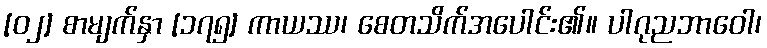
[၀၂] စာမျက်နှာ [၁၇၅] ကာယဿ၊ စေတသိက်အပေါင်း၏။ ပါဂုညဘာဝေါ၊